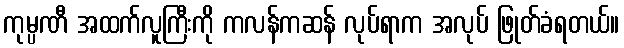
ကုမ္ပဏီ အထက်လူကြီးကို ကလန်ကဆန် လုပ်ရာက အလုပ် ဖြုတ်ခံရတယ်။